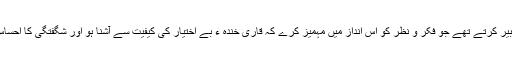
وہ تخلیق فن کے لمحوں میں مزاح کو ایک ایسی ذہنی کیفیت سے تعبیر کرتے تھے جو فکر و نظر کو اس انداز میں مہمیز کرے کہ قاری خندہ ء بے اختیار کی کیفیت سے آشنا ہو اور شگفتگی کا احساس دل و دماغ پر فرحت،مسرت اور آسودگی کے نئے در وا کر دے۔